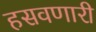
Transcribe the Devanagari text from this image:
हसवणारी